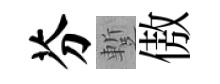
芬蹔傲